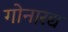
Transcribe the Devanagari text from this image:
गोनारद्य